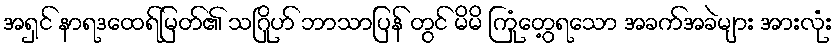
အရှင် နာရဒထေရ်မြတ်၏ သဂြိုဟ် ဘာသာပြန် တွင် မိမိ ကြုံတွေ့ရသော အခက်အခဲများ အားလုံး